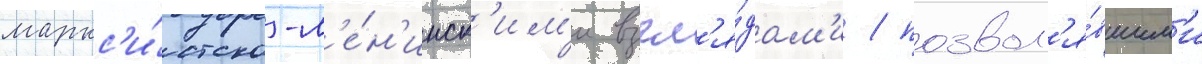
маркс'и́стско-л'е́н'инск'им'и взгл'я́дам'и / позвол'я́вшим'и